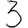
Digit: 3